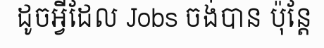
ដូចអ្វីដែល Jobs ចង់បាន ប៉ុន្តែ